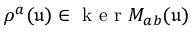
\rho ^ { a } ( \mathfrak { u } ) \in \mathrm { ~ k ~ e ~ r ~ } M _ { a b } ( \mathfrak { u } )